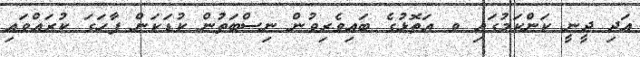
އަދި ދީނީ ކަންކަމުގައި ވ އަތޮޅުގެ ބައިވެރިވުން ނިސްބަތުން ކުޑަކަން ފާހަގަ ކުރައްވައި